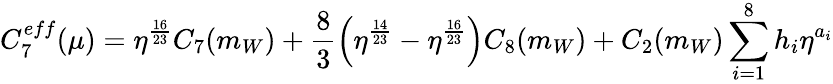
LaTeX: C_{7}^{eff}(\mu)=\eta^{\frac{16}{23}}C_{7}(m_{W})+\frac{8}{3}\left(\eta^{\frac{14}{23}}-\eta^{\frac{16}{23}}\right)C_{8}(m_{W})+C_{2}(m_{W})\sum_{i=1}^{8}h_{i}\eta^{a_{i}}